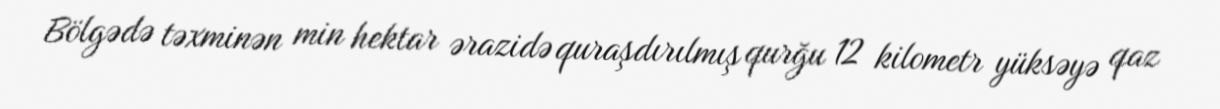
Bölgədə təxminən min hektar ərazidə quraşdırılmış qurğu 12 kilometr yüksəyə qaz